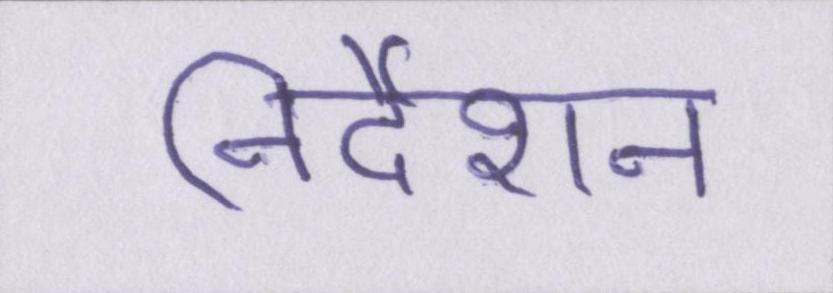
निर्देशन